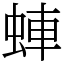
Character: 蛼